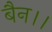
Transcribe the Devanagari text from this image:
बैन।।